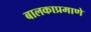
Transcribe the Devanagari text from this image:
बालकाप्रमाणे